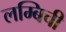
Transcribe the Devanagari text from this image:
लम्बिची